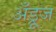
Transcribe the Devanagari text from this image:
अँड्रूज